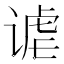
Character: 谑